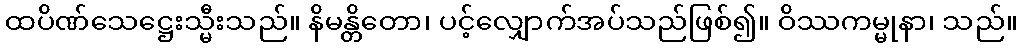
ထပိဏ်သေဋ္ဌေးသ္မီးသည်။ နိမန္တိတော၊ ပင့်လျှောက်အပ်သည်ဖြစ်၍။ ဝိဿကမ္မုနာ၊ သည်။